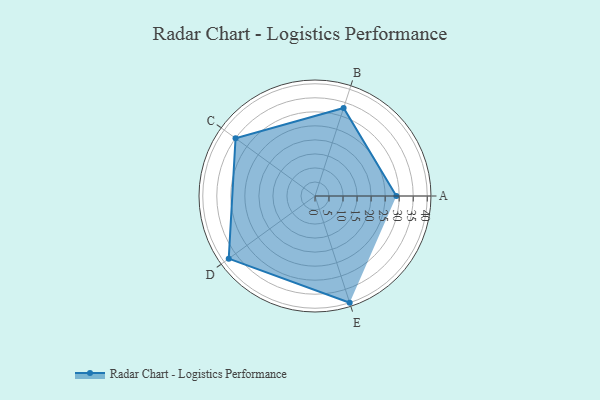
{"axis": {"x": "Skill", "y": "Score"}, "legend": ["Profile"], "data": [{"x": "A", "y": 29.0, "type": "Profile"}, {"x": "B", "y": 33.0, "type": "Profile"}, {"x": "C", "y": 35.0, "type": "Profile"}, {"x": "D", "y": 38.0, "type": "Profile"}, {"x": "E", "y": 40.0, "type": "Profile"}]}